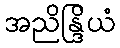
အညိန္ဒြိယံ